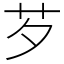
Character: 芕